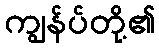
ကျွန်ပ်တို့၏